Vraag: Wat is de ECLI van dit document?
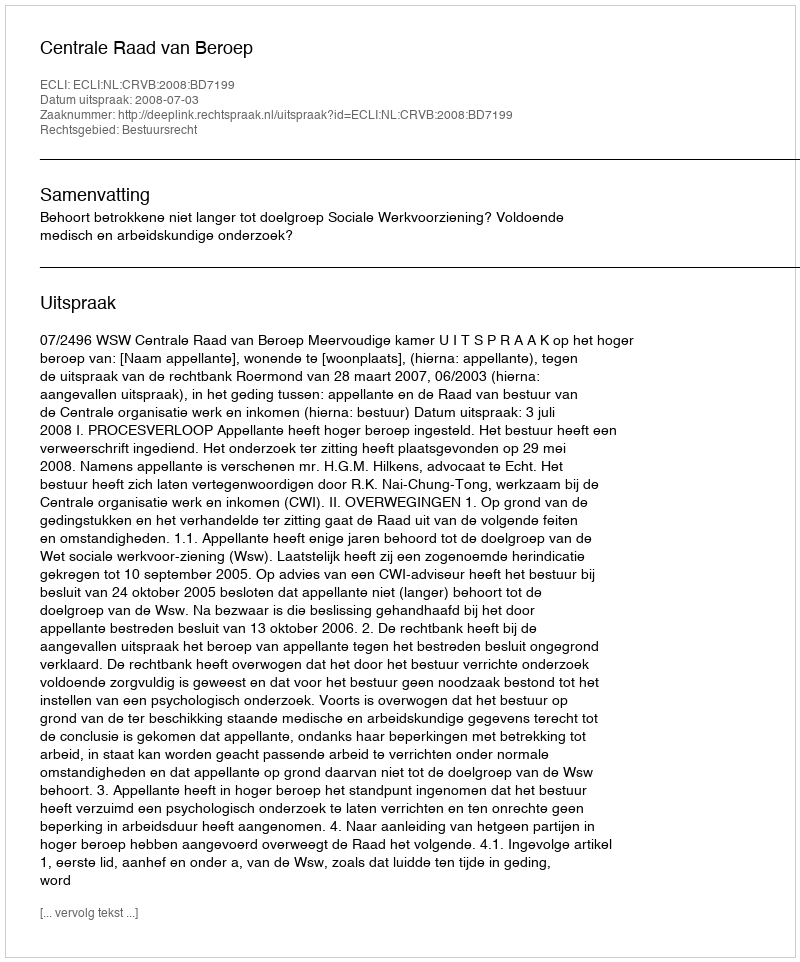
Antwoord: ECLI:NL:CRVB:2008:BD7199